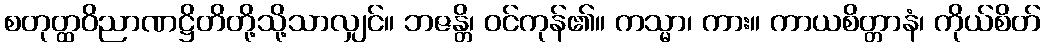
စတုတ္ထဝိညာဏဋ္ဌိတိတို့သို့သာလျှင်။ ဘဇန္တိ၊ ဝင်ကုန်၏။ ကသ္မာ၊ ကား။ ကာယစိတ္တာနံ၊ ကိုယ်စိတ်